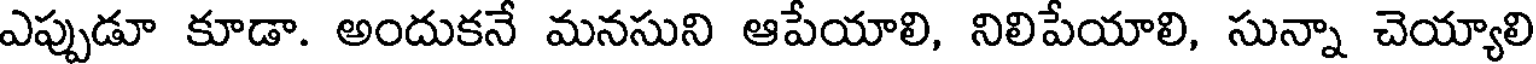
ఎప్పుడూ కూడా. అందుకనే మనసుని ఆపేయాలి, నిలిపేయాలి, సున్నా చెయ్యాలి